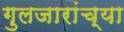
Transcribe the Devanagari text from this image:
गुलजारांच्या